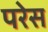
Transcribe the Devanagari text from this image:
परेस